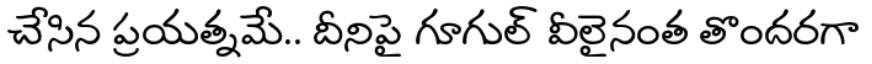
చేసిన ప్రయత్నమే.. దీనిపై గూగుల్ వీలైనంత తొందరగా